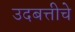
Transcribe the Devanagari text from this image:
उदबत्तीचे